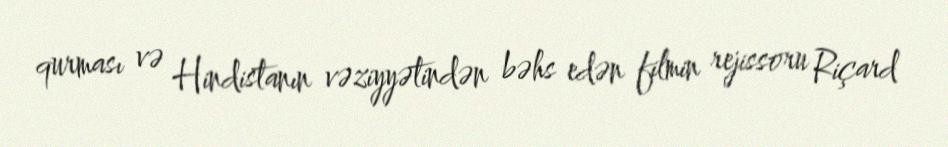
qurması və Hindistanın vəziyyətindən bəhs edən filmin rejissoru Riçard